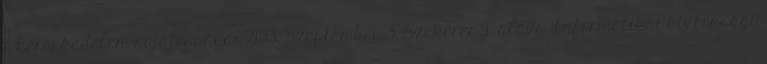
e-kereskedelem sajátosságai 2013. Szeptember 3. Szekeres Balázs Informatikai biztonsági